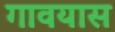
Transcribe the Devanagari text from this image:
गावयास